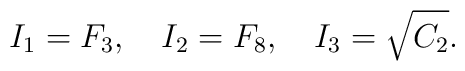
I_1=F_3,\quad I_2=F_8, \quad I_3=\sqrt{C_2}.